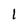
Character: 1